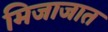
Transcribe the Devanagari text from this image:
मिजाजात